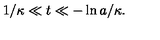
\: 1 / \kappa \ll t \ll - \ln a / \kappa . \: